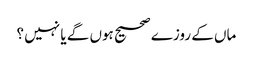
ماں کے روزے صحیح ہوں گے یا نہیں ؟